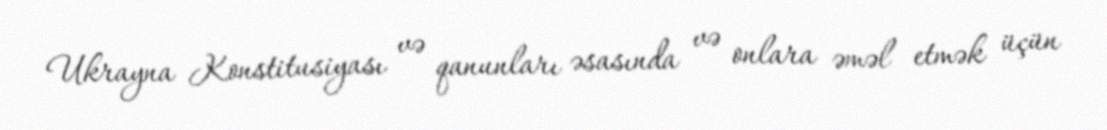
Ukrayna Konstitusiyası və qanunları əsasında və onlara əməl etmək üçün